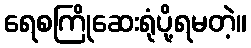
ရေစကြိုဆေးရုံပို့ရမတဲ့။